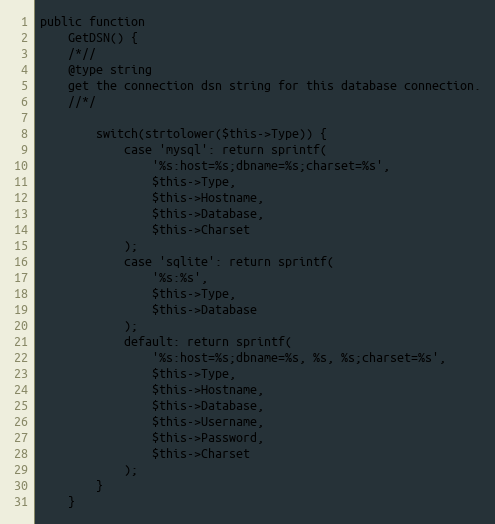
Language: PHP
public function
	GetDSN() {
	/*//
	@type string
	get the connection dsn string for this database connection.
	//*/

		switch(strtolower($this->Type)) {
			case 'mysql': return sprintf(
				'%s:host=%s;dbname=%s;charset=%s',
				$this->Type,
				$this->Hostname,
				$this->Database,
				$this->Charset
			);
			case 'sqlite': return sprintf(
				'%s:%s',
				$this->Type,
				$this->Database
			);
			default: return sprintf(
				'%s:host=%s;dbname=%s, %s, %s;charset=%s',
				$this->Type,
				$this->Hostname,
				$this->Database,
				$this->Username,
				$this->Password,
				$this->Charset
			);
		}
	}